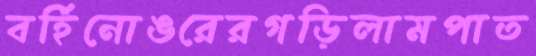
বর্হিনোঙরেরগড়িলামপাত